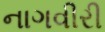
નાગવીરી